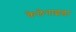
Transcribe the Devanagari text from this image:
केलेनाइडा